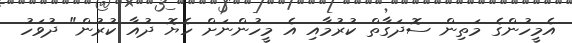
އެމީހުންގެ މަތިން ސޮދަގާތް ކުރުމާއި އެ މީހުންނަށް ހެޔޮ ދުއާ ކުރުން" ދުވަހު